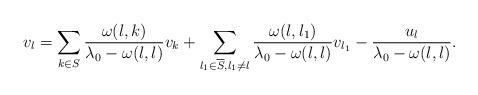
LaTeX: \begin{align*}v_l=\sum_{k\in S}\frac{\omega(l,k)}{\lambda_0-\omega(l,l)}v_k+\sum_{l_1\in\overline S,l_1\neq l}\frac{\omega(l,l_1)}{\lambda_0-\omega(l,l)}v_{l_1}-\frac{u_l}{\lambda_0-\omega(l,l)}.\end{align*}